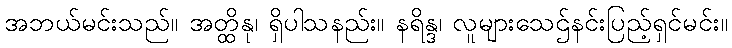
အဘယ်မင်းသည်။ အတ္ထိနု၊ ရှိပါသနည်း။ နရိန္ဒ၊ လူများသေဌ်နင်းပြည့်ရှင်မင်း။